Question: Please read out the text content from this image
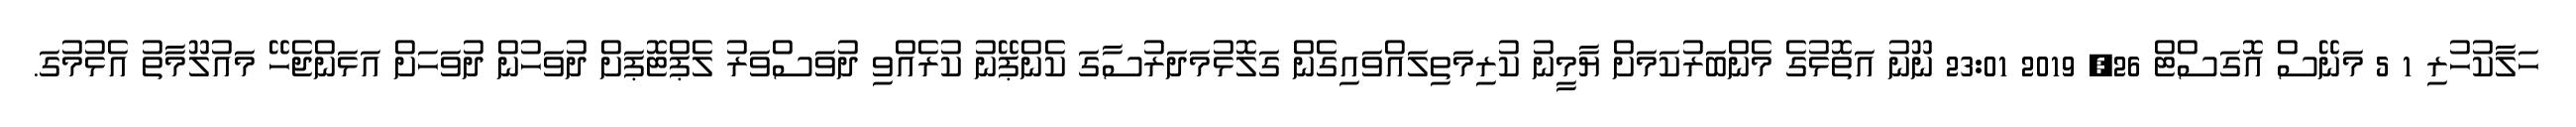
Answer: ހަލާކުހުރި 1 5 މަނޭސް އޮގަސްޓް 26, 2019 23:01 ނޫނު އަތޮޅުގެ މެންބަރުކަމަށް ޔާމީނު ކުރިމަތިލައްވައިގެން ގަލޮޅުމަދަރުސާގަ ކެންޕޭނު ކުރެއްވި ދުވަސްވަރު ލެޕްޓޮޕަށް ދުވަހުން ދުވަހަށް އަޅަންޖެހޭ މައުލޫމާތު އެޅުމުގަ.